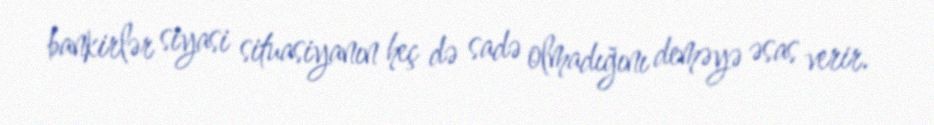
bankirlər siyasi situasiyanın heç də sadə olmadığını deməyə əsas verir.